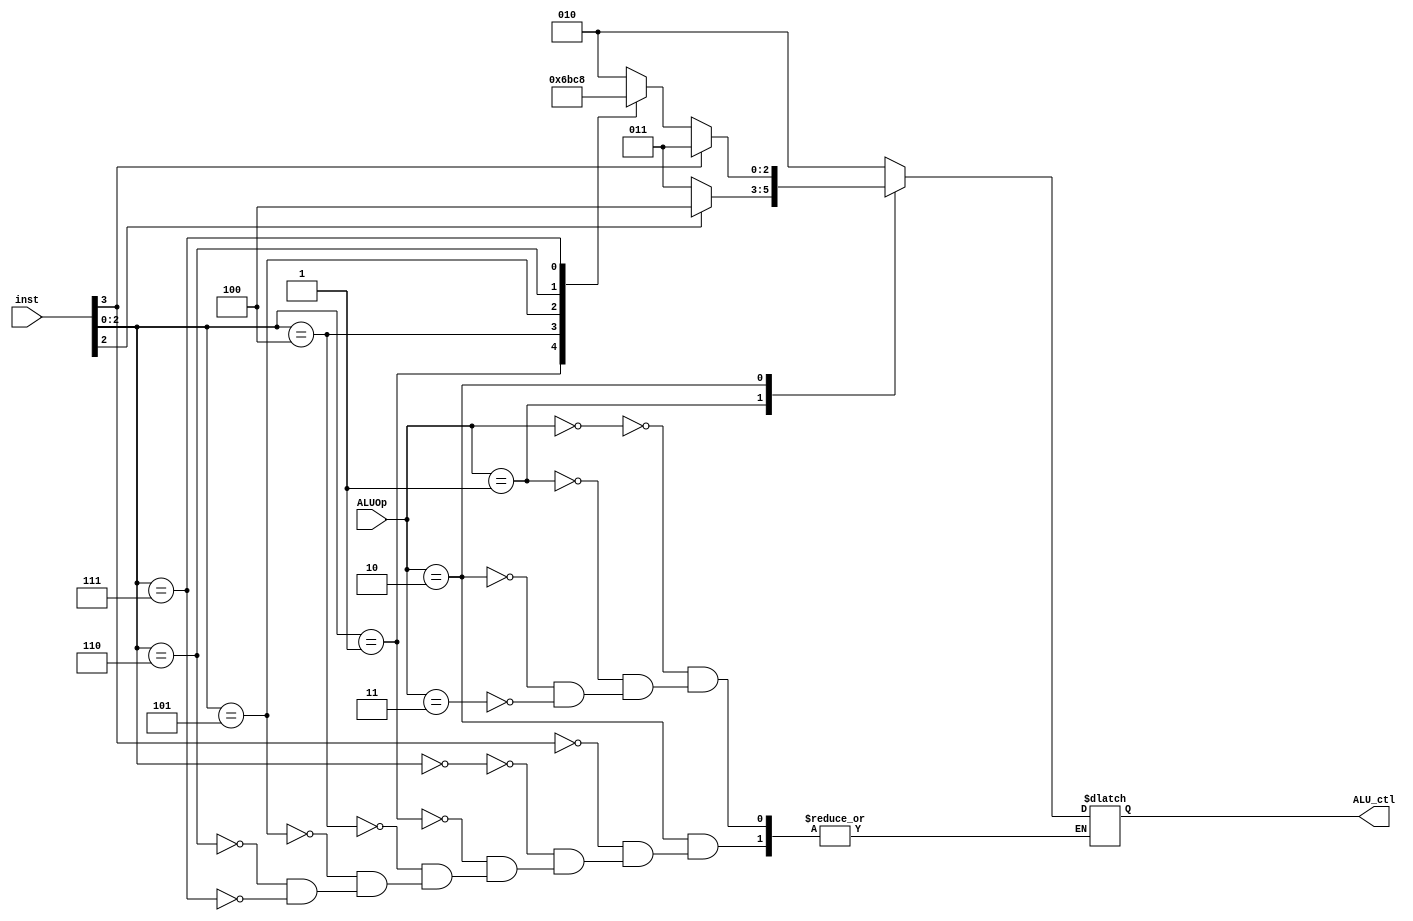
//ALU
//Hrier
//202012413:11:11

module ALU_control(
    input wire[1:0] ALUOp,
    input wire[3:0] inst,
    output reg[2:0] ALU_ctl
);

always@(*)begin
    case(ALUOp)
        2'b00: ALU_ctl <= 3'b010;       //addiswlw
        2'b01:begin                     //
            if(inst[2])begin            //blt
                ALU_ctl <= 3'b100;
            end else begin              //beq
                ALU_ctl <= 3'b011;
            end
        end
        2'b10:begin                     //R
            if(inst[3])begin
                ALU_ctl <= 3'b011;              //sub
            end else begin
                case(inst[2:0])
                    3'b000: ALU_ctl <= 3'b010;  //add
                    3'b001: ALU_ctl <= 3'b110;  //sll
                    3'b100: ALU_ctl <= 3'b101;  //xor
                    3'b101: ALU_ctl <= 3'b111;  //srl
                    3'b110: ALU_ctl <= 3'b001;  //or
                    3'b111: ALU_ctl <= 3'b000;  //and
                endcase
            end
        end
        2'b11: ALU_ctl <= 3'b010;               //jal
    endcase
end

endmodule